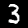
Label: 3